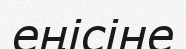
еңісіне